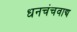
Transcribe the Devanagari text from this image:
धनचंचवाद्य